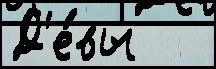
Д'е́вы